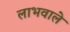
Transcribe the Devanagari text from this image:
लाभवाले